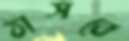
ঠাসবে